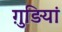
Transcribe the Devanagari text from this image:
ग़ुड़ियां